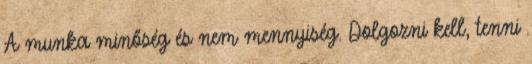
A munka minőség és nem mennyiség. Dolgozni kell, tenni